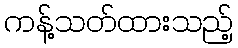
ကန့်သတ်ထားသည့်